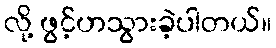
လို့ ဖွင့်ဟသွားခဲ့ပါတယ်။